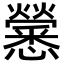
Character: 𢥒